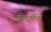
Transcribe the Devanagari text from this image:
डिसमॉर्फिक